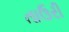
તાઉરી